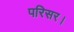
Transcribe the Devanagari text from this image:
परिसर।